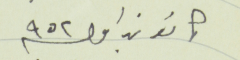
كانون اول سنة ٩٥٢